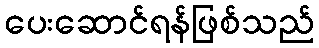
ပေးဆောင်ရန်ဖြစ်သည်